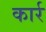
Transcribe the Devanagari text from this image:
कार्र